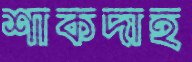
শাকদাহ